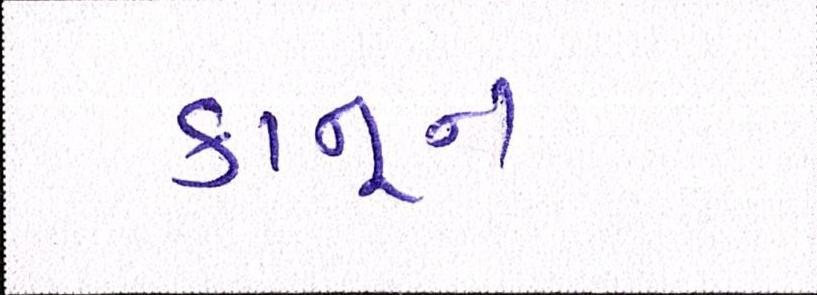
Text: કાનૂન